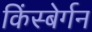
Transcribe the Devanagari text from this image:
किंस्बेर्गन